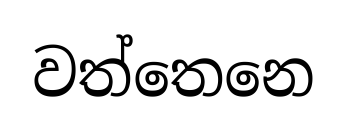
වත්තෙනෙ